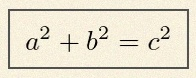
a^2+b^2=c^2